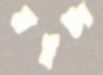
মইটা